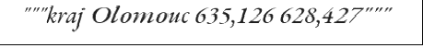
"""kraj Olomouc 635,126 628,427"""